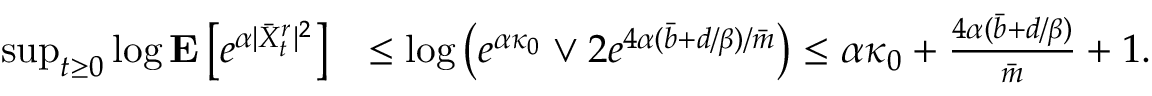
\begin{array} { r l } { \operatorname* { s u p } _ { t \ge 0 } \log \mathbf { E } \left[ e ^ { \alpha | \Bar { X } _ { t } ^ { r } | ^ { 2 } } \right] } & { \le \log \left( e ^ { \alpha \kappa _ { 0 } } \vee 2 e ^ { 4 \alpha ( \Bar { b } + d / \beta ) / \Bar { m } } \right) \le \alpha \kappa _ { 0 } + \frac { 4 \alpha ( \Bar { b } + d / \beta ) } { \Bar { m } } + 1 . } \end{array}